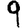
Digit: 9